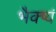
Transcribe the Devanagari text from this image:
भैक्ष्यं